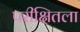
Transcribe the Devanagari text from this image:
परीक्षितला